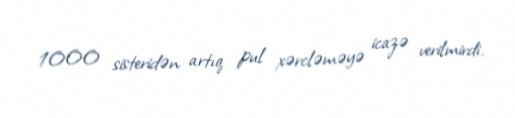
1000 sisteridən artıq pul xərcləməyə icazə verilmirdi.